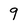
Character: 9